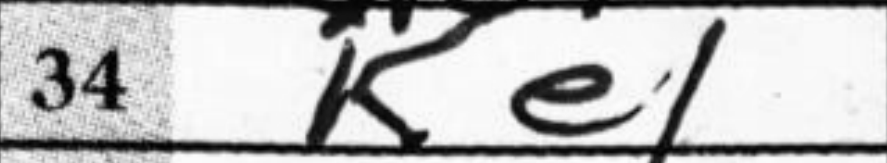
Transcription: Ke1